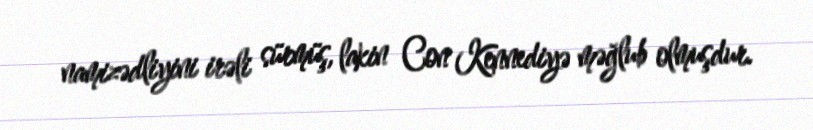
namizədliyini irəli sürmüş, lakin Con Kennediyə məğlub olmuşdur.